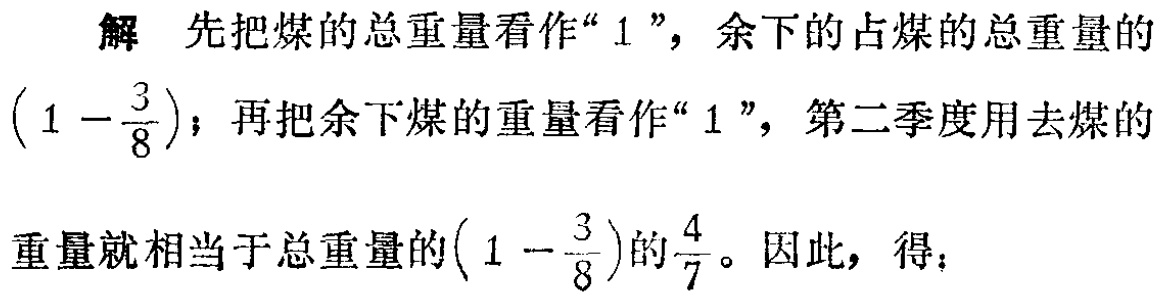
解 先把煤的总重量看作“$1$”，余下的占煤的总重量的$\left(1 - \dfrac{3}{8}\right)$；再把余下煤的重量看作“$1$”，第二季度用去煤的重量就相当于总重量的$\left(1 - \dfrac{3}{8}\right)$的$\dfrac{4}{7}$。因此，得：